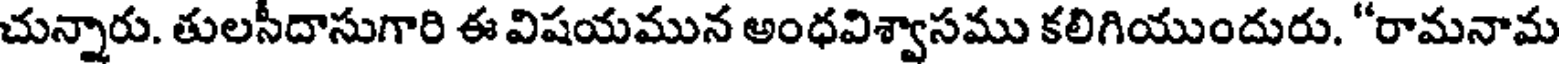
చున్నారు. తులసీదాసుగారి ఈ విషయమున అంధవిశ్వాసము కలిగియుందురు. "రామనామ